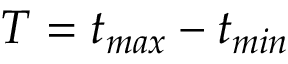
T = t _ { m a x } - t _ { m i n }